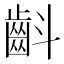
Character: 𮯁